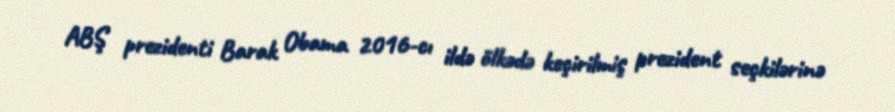
ABŞ prezidenti Barak Obama 2016-cı ildə ölkədə keçirilmiş prezident seçkilərinə